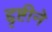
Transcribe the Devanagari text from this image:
द्दृष्टीने